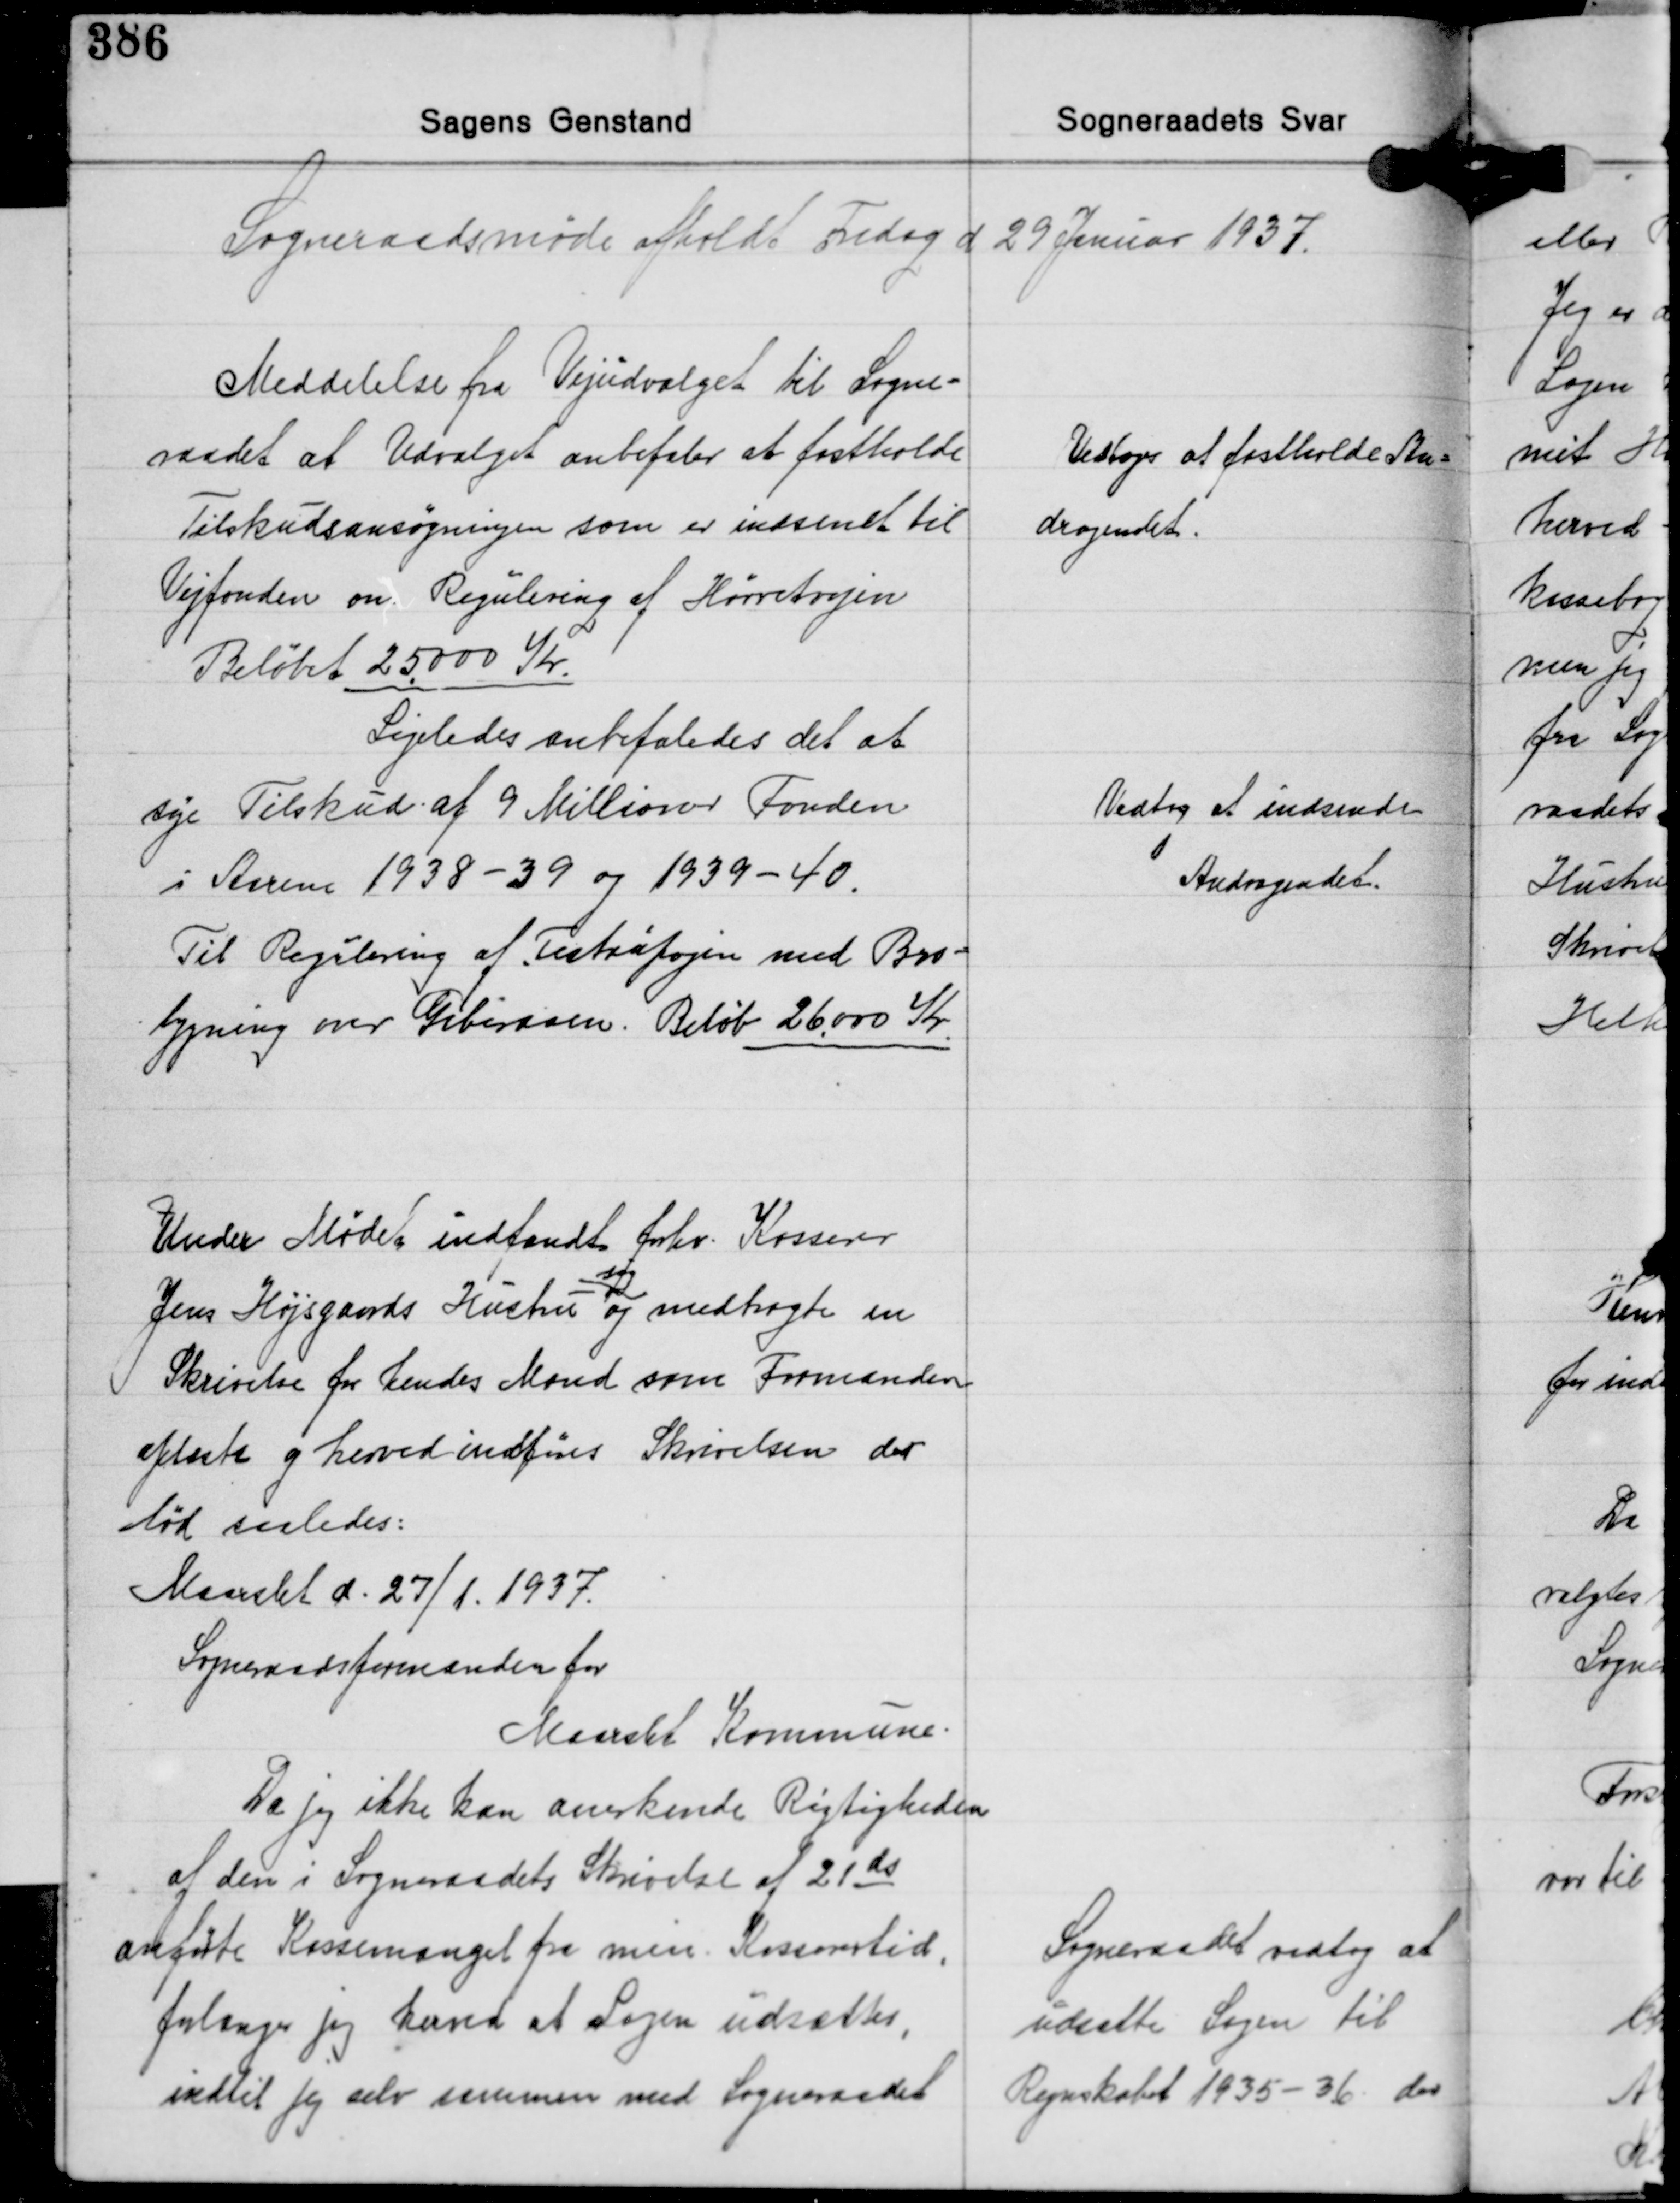
Transskription:
Sogneraadsmøde afholdt Fredag d 29 Januar 1937.

Meddelelse fra Vejudvalget til Sogne-
raadet at Udvalget anbefaler at fastholde
Tilskudsansøgningen som er indsendt til
Vejfonden om Regulering af Hørretvejen
Beløbet 25.000 Kr.

Vedtoges at fastholde An-
dragendet.

Ligeledes anbefaledes det at
søge Tilskud af 9 Millioner Fonden
i Aarene 1938-39 og 1939-40.
Til Regulering af Testrupvejen med Bro-
bygning over Giberaaen. Beløb 26.000 Kr.

Vedtog at indsende
Andragendet.

Under Mødet indfandt forhv. Kasserer
Jens Højsgaards Hustru og medbragte en
sig
Skrivelse fra hendes Mand som Formanden
oplæste og herved indføres Skrivelsen der
lød saaledes:
Maarslet d. 27/1. 1937.

Sogneraadsformanden for
Maarslet Kommune.
Da jeg ikke kan anerkende Rigtigheden
af den i Sogneraadets Skrivelse af 21ds
anførte Kassemangel fra min Kasserertid,
forlanger jeg herved at Sagen udsættes,
indtil jeg selv sammen med Sogneraadet

Sogneraadet vedtog at
udsatte Sagen til
Regnskabet 1935-36 der